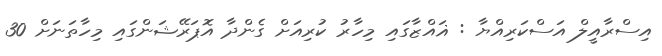
އިސްރާއީލް އަސްކަރިއްޔާ : ޣައްޒާގައި މިހާރު ކުރިއަށް ގެންދާ އޮޕަރޭޝަންގައި މިހާތަނަށް 30